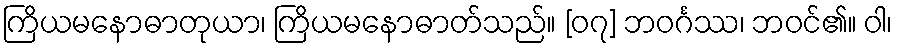
ကြိယမနောဓာတုယာ၊ ကြိယမနောဓာတ်သည်။ [၀၇] ဘဝင်္ဂဿ၊ ဘဝင်၏။ ဝါ၊